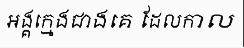
អង្គក្មេងជាងគេ ដែលកាល